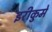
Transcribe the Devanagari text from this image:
इरीकुमे